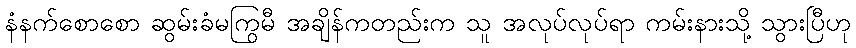
နံနက်စောစော ဆွမ်းခံမကြွမီ အချိန်ကတည်းက သူ အလုပ်လုပ်ရာ ကမ်းနားသို့ သွားပြီဟု